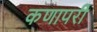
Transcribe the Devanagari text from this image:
कणापरी